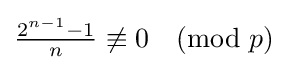
{\tfrac {2^{n-1}-1}{n}}\not \equiv 0{\pmod {p}}